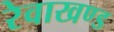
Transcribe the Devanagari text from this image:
रेवाखण्ड